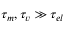
\tau _ { m } , \tau _ { v } \gg \tau _ { e l }